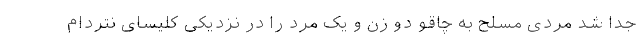
جدا شد مردی مسلح به چاقو دو زن و یک مرد را در نزدیکی کلیسای نتردام